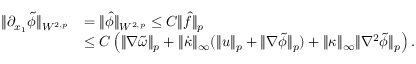
\begin{array} { r l } { \| \partial _ { x _ { 1 } } \tilde { \phi } \| _ { W ^ { 2 , p } } } & { = \| \hat { \phi } \| _ { W ^ { 2 , p } } \leq C \| \hat { f } \| _ { p } } \\ & { \leq C \left( \| \nabla \tilde { \omega } \| _ { p } + \| \dot { \kappa } \| _ { \infty } ( \| u \| _ { p } + \| \nabla \tilde { \phi } \| _ { p } ) + \| \kappa \| _ { \infty } \| \nabla ^ { 2 } \tilde { \phi } \| _ { p } \right) . } \end{array}